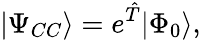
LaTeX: |\Psi_{CC}\rangle=e^{\hat{T}}|\Phi_{0}\rangle,